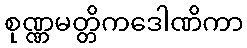
စုဏ္ဏမတ္တိကဒေါဏိကာ